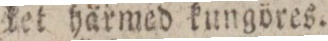
ket härmed kungöres.